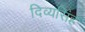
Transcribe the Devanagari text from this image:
दिव्यसिंह